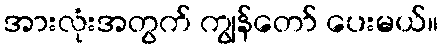
အားလုံးအတွက် ကျွန်တော် ပေးမယ်။